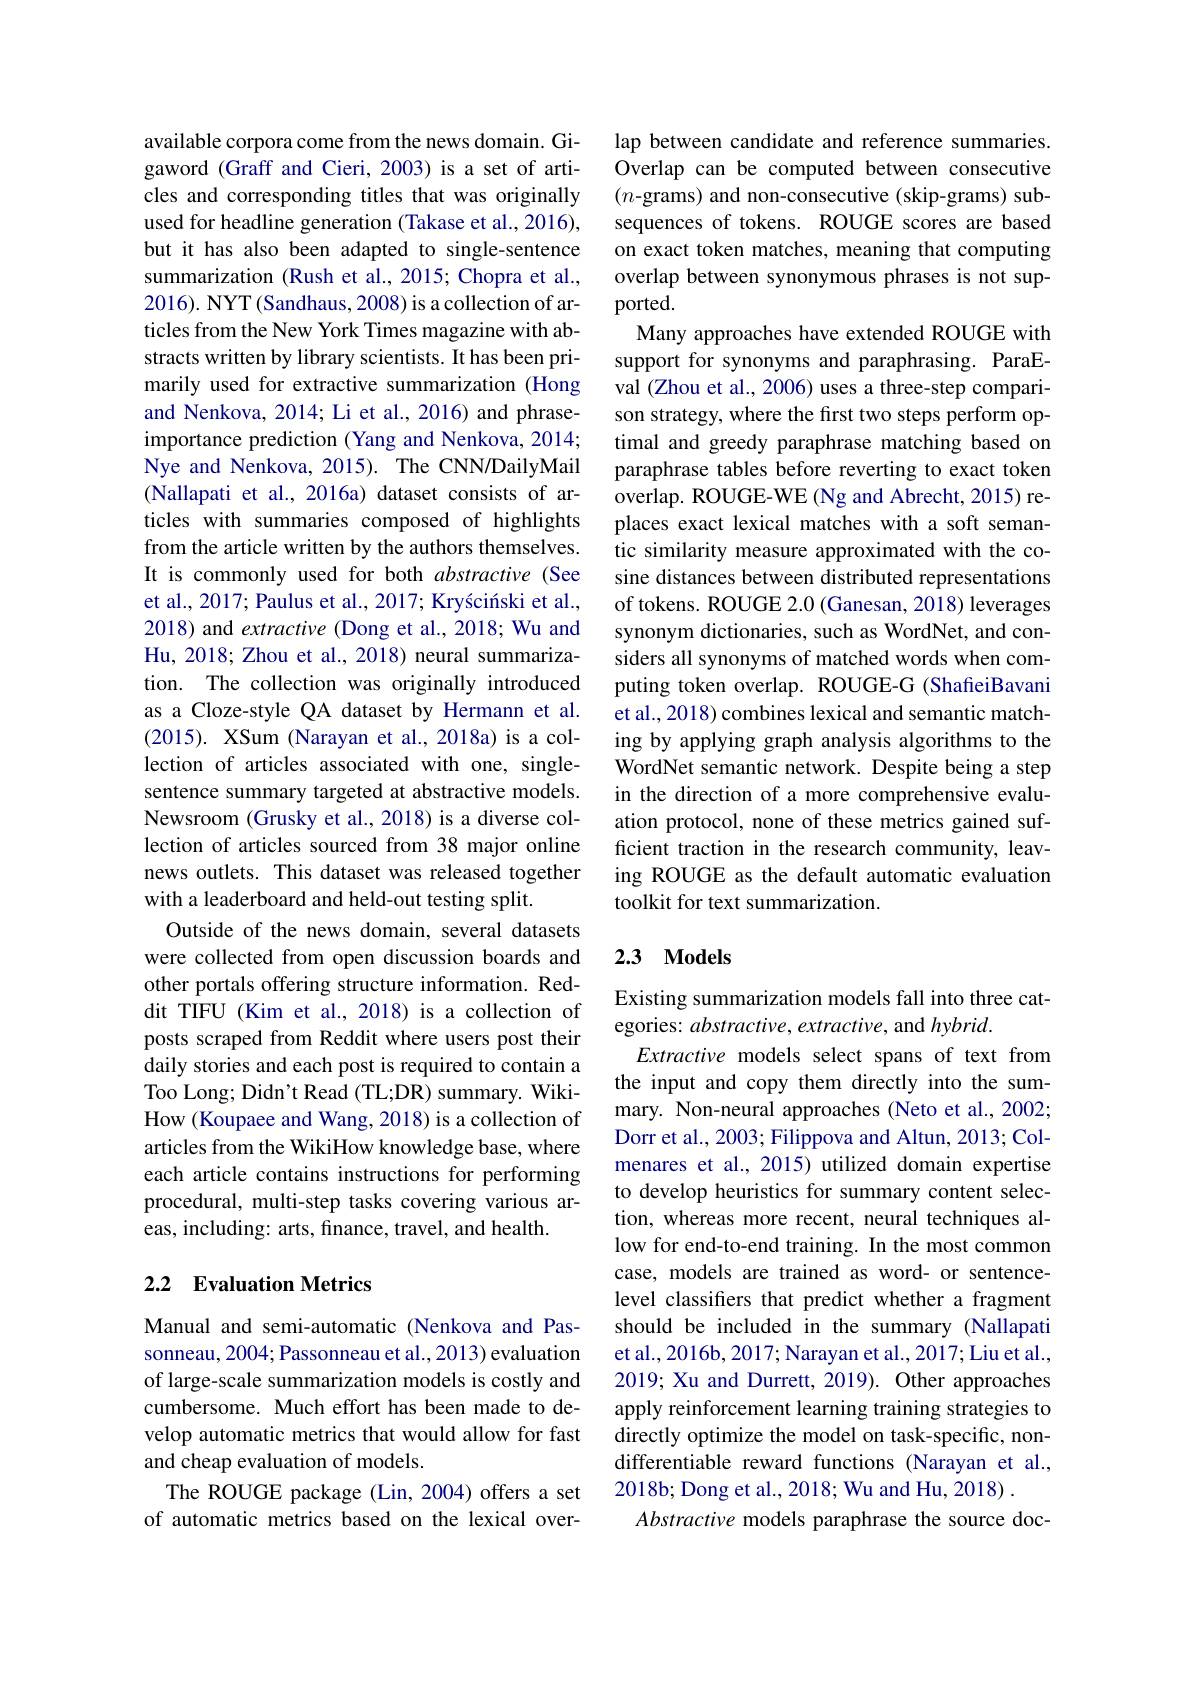
available corpora come from the news domain. Gigaword (Graff and Cieri, 2003) is a set of articles and corresponding titles that was originally used for headline generation (Takase et al., 2016), but it has also been adapted to single-sentence summarization (Rush et al., 2015; Chopra et al., 2016). NYT(Sandhaus, 2008) is a collection of articles from the New York Times magazine with abstracts written by library scientists. It has been primarily used for extractive summarization (Hong and Nenkova, 2014; Li et al., 2016) and phraseimportance prediction (Yang and Nenkova, 2014; Nye and Nenkova, 2015). The CNN/DailyMail (Nallapati et al., 2016a) dataset consists of articles with summaries composed of highlights from the article written by the authors themselves. It is commonly used for both abstractive (See et al., 2017; Paulus et al., 2017; Kryściński et al., 2018) and extractive (Dong et al., 2018; Wu and Hu, 2018; Zhou et al., 2018) neural summarization. The collection was originally introduced as a Cloze-style QA dataset by Hermann et al. (2015). XSum (Narayan et al.,2018a) is a collection of articles associated with one, singlesentence summary targeted at abstractive models. Newsroom (Grusky et al., 2018) is a diverse collection of articles sourced from 38 major online news outlets. This dataset was released together with a leaderboard and held-out testing split.
Outside of the news domain, several datasets were collected from open discussion boards and other portals offering structure information. Reddit TIFU (Kim et al., 2018) is a collection of posts scraped from Reddit where users post their daily stories and each post is required to contain a Too Long; Didn't Read (TL;DR) summary. WikiHow (Koupaee and Wang, 2018) is a collection of articles from the WikiHow knowledge base, where each article contains instructions for performing procedural, multi-step tasks covering various areas, including: arts, finance, travel, and health.

## 2.2 Evaluation Metrics

Manual and semi-automatic (Nenkova and Passonneau, 2004; Passonneau et al., 2013) evaluation of large-scale summarization models is costly and cumbersome. Much effort has been made to develop automatic metrics that would allow for fast and cheap evaluation of models.
The ROUGE package (Lin, 2004) offers a set of automatic metrics based on the lexical over-

lap between candidate and reference summaries. Overlap can be computed between consecutive $(n$-grams) and non-consecutive (skip-grams) subsequences of tokens. ROUGE scores are based on exact token matches, meaning that computing overlap between synonymous phrases is not supported.
Many approaches have extended ROUGE with support for synonyms and paraphrasing. ParaEval (Zhou et al., 2006) uses a three-step comparison strategy, where the first two steps perform optimal and greedy paraphrase matching based on paraphrase tables before reverting to exact token overlap. ROUGE-WE (Ng and Abrecht, 2015) replaces exact lexical matches with a soft semantic similarity measure approximated with the cosine distances between distributed representations of tokens. ROUGE 2.0 (Ganesan, 2018) leverages synonym dictionaries, such as WordNet, and considers all synonyms of matched words when computing token overlap. ROUGE-G (ShafieiBavani et al., 2018) combines lexical and semantic matching by applying graph analysis algorithms to the WordNet semantic network. Despite being a step in the direction of a more comprehensive evaluation protocol, none of these metrics gained sufficient traction in the research community, leaving ROUGE as the default automatic evaluation toolkit for text summarization.

## 2.3 Models

Existing summarization models fall into three cat-
egories: $abstractive,extractive$, and $hybrid.$
Extractive models select spans of text from the input and copy them directly into the summary. Non-neural approaches (Neto et al., 2002; Dorr et al., 2003; Filippova and Altun, 2013; Colmenares et al., 2015) utilized domain expertise to develop heuristics for summary content selection, whereas more recent, neural techniques allow for end-to-end training. In the most common case, models are trained as word- or sentencelevel classifiers that predict whether a fragment should be included in the summary (Nallapati et al., 2016b, 2017; Narayan et al., 2017; Liu et al., 2019; Xu and Durrett, 2019). Other approaches apply reinforcement learning training strategies to directly optimize the model on task-specific, nondifferentiable reward functions (Narayan et al., 2018b; Dong et al., 2018; Wu and Hu, 2018) .
Abstractive models paraphrase the source doc-